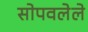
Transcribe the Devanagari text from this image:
सोपवलेले